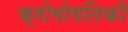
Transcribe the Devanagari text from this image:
क्रोमोगतिकी